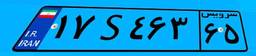
۸۳S۷۶۷۲۴